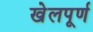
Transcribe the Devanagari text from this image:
खेलपूर्ण